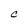
Character: C